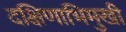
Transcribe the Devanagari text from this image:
दक्षिणाभिमुखी